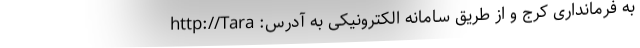
به فرمانداری کرج و از طریق سامانه الکترونیکی به آدرس: http://Tara